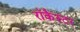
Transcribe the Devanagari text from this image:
रॉकैस्टर